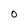
Character: 0